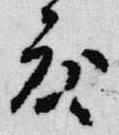
度